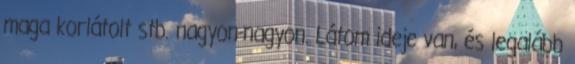
maga korlátolt stb. nagyon-nagyon. Látom ideje van, és legalább